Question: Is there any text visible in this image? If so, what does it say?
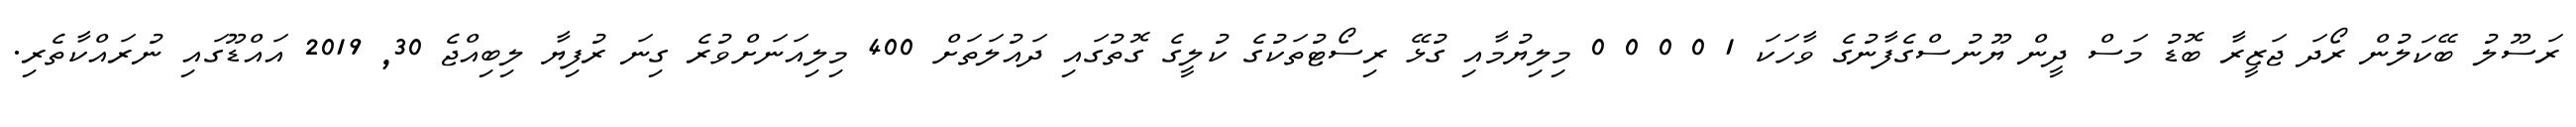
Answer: ރަސޫލު ބޭކަލުން ރޯދަ ޖަޒީރާ ބޮޑު މަސް ދީން ޔޫނުސްގެފާނުގެ ވާހަކަ 1 0 0 0 0 މިލިޔުމާއި ގުޅޭ ރިސޯޓުތަކުގެ ކުލީގެ ގޮތުގައި ދައުލަތަށް 400 މިލިއަނަށްވުރެ ގިނަ ރުފިޔާ ލިބިއްޖެ 30, 2019 އައްޑޫގައި ނުރައްކާތެރި.